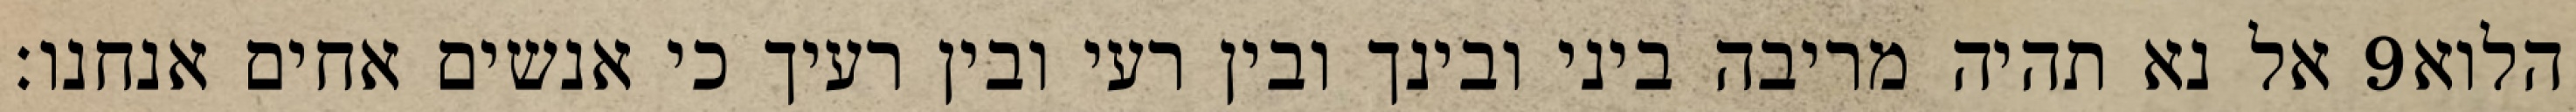
אל נא תהיה מריבה ביני ובינך ובין רעי ובין רעיך כי אנשים אחים אנחנו׃ ‎9‏ הלוא